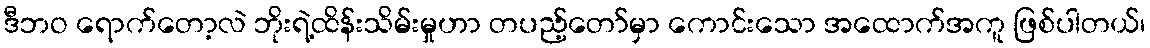
ဒီဘဝ ရောက်တော့လဲ ဘိုးရဲ့ထိန်းသိမ်းမှုဟာ တပည့်တော်မှာ ကောင်းသော အထောက်အကူ ဖြစ်ပါတယ်၊